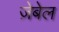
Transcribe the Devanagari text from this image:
ज़ेबेल